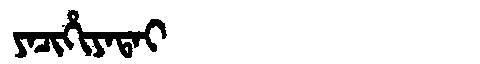
Manchu: ᠶᠠᠴᡳᡥᡳᠶᠠᡨᠠᡳ
Romanization: YACIHIYATAI